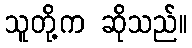
သူတို့က ဆိုသည်။